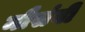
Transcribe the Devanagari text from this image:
मौसंबी